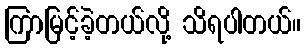
ကြာမြင့်ခဲ့တယ်လို့ သိရပါတယ်။